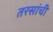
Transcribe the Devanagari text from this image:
तरसांची